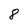
Character: 8